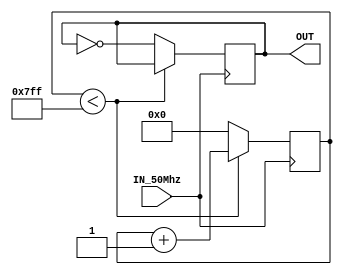
module writeClockFrequencyDivider(
IN_50Mhz    ,   // Input 50Mhz Clock (Input)
OUT     // Output 0.78125MHz Clock (Output)
);

parameter COUNTER_WIDTH = 11;

//--------------Input Ports----------------------------
input IN_50Mhz;

//--------------Output Ports---------------------------
output reg OUT = 1'b0;

//--------------Internal variables---------------------
reg         [COUNTER_WIDTH-1:0] COUNTER = {COUNTER_WIDTH{1'b0}};
localparam  [COUNTER_WIDTH-1:0] MAXVALUE = 11'd2047;

//-------------Processing Starts Here------------------

// Frequency Divider Block
always @ (posedge IN_50Mhz) begin
    if (COUNTER < MAXVALUE) begin
        COUNTER <= COUNTER + 1'b1;
    end else begin
        COUNTER <= {COUNTER_WIDTH{1'b0}};
        OUT <= ~OUT;
    end
end

endmodule